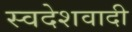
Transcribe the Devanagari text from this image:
स्वदेशवादी